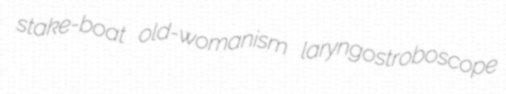
stake-boat old-womanism laryngostroboscope